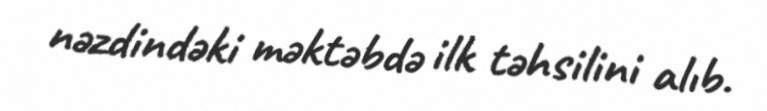
nəzdindəki məktəbdə ilk təhsilini alıb.